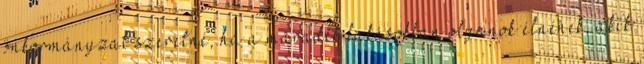
önkormányzat szeretné, ha a maradék lakásokban olyanok élnének, akik